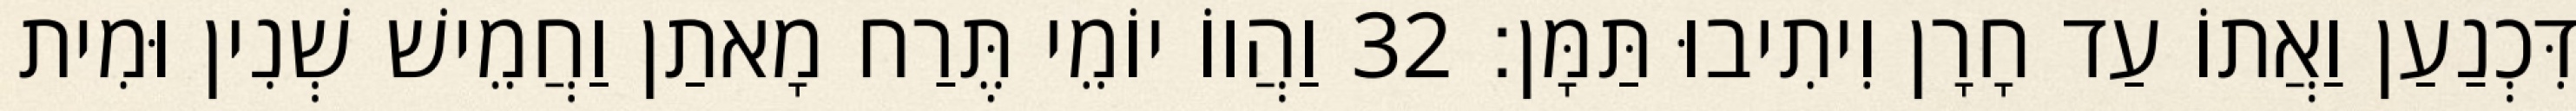
דִּכְנַעַן וַאֲתוֹ עַד חָרָן וִיתִיבוּ תַּמָּן׃ 32 וַהֲווֹ יוֹמֵי תֶּרַח מָאתַן וַחֲמֵישׁ שְׁנִין וּמִית